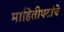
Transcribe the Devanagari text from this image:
माहितीपटांचे